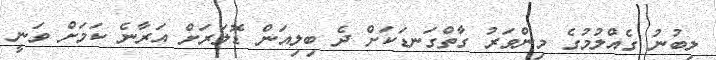
ލިބުނު ގެއްލުމުގެ މިންވަރު ގާތްގަނޑަކަށް ދެ ބިލިއަން ޑޮލަރަށް އަރާނެ ކަމަށް ވަނީ